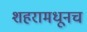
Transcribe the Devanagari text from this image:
शहरामधूनच